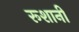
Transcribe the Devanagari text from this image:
रूशानी